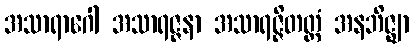
အသာရာဂေါ အသာရဇ္ဇနာ အသာရဇ္ဇိတတ္တံ အနဘိဇ္ဈာ